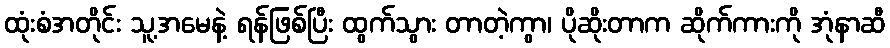
ထုံးစံအတိုင်း သူ့အမေနဲ့ ရန်ဖြစ်ပြီး ထွက်သွား တာတဲ့ကွာ၊ ပိုဆိုးတာက ဆိုက်ကားကို အုံနာဆီ